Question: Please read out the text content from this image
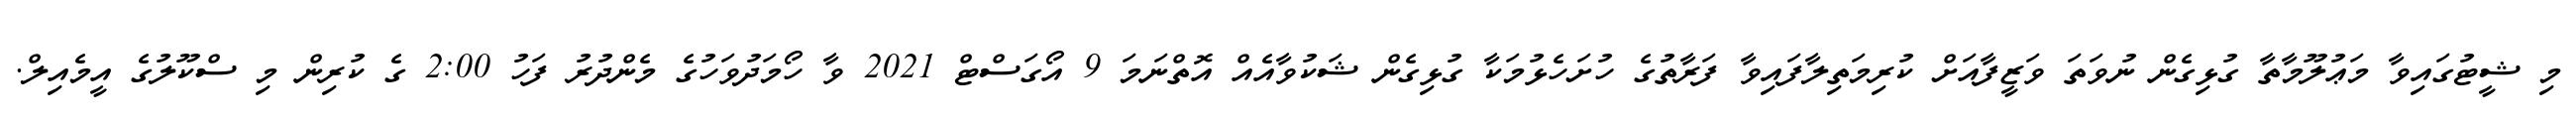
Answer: މި ޝީޓުގައިވާ މަޢުލޫމާތާ ގުޅިގެން ނުވަތަ ވަޒީފާއަށް ކުރިމަތިލާފައިވާ ފަރާތުގެ ހުށަހެޅުމަކާ ގުޅިގެން ޝަކުވާއެއް އޮތްނަމަ 9 އޯގަސްޓް 2021 ވާ ހޯމަދުވަހުގެ މެންދުރު ފަހު 2:00 ގެ ކުރިން މި ސްކޫލުގެ އީމެއިލް.